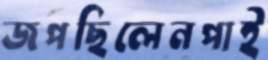
জপছিলেনপাই